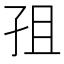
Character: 𭒽